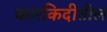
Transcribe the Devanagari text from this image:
कारकिदीतील